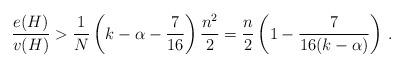
LaTeX: \begin{align*}\frac{e(H)}{v(H)} > \frac{1}{N}\left(k-\alpha -\frac{7}{16}\right)\frac{n^2}{2} =\frac{n}{2}\left(1-\frac{7}{16(k-\alpha)}\right)\,.\end{align*}